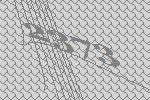
2373